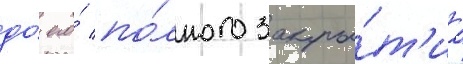
до́ его́ по́лного закры́т'иа